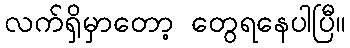
လက်ရှိမှာတော့ တွေရနေပါပြီ။